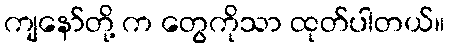
ကျနော်တို့ က တွေကိုသာ ထုတ်ပါတယ်။